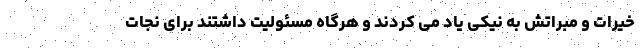
خیرات و مبراتش به نیکی یاد می کردند و هرگاه مسئولیت داشتند برای نجات